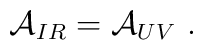
{\cal A}_{IR}={\cal A}_{UV} \ .